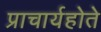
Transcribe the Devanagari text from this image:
प्राचार्यहोते